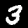
Label: 3